Annual report of the Punjab Veterinary College and of the Civil Veterinary Department, Punjab - 1909-1919
Year: 1909
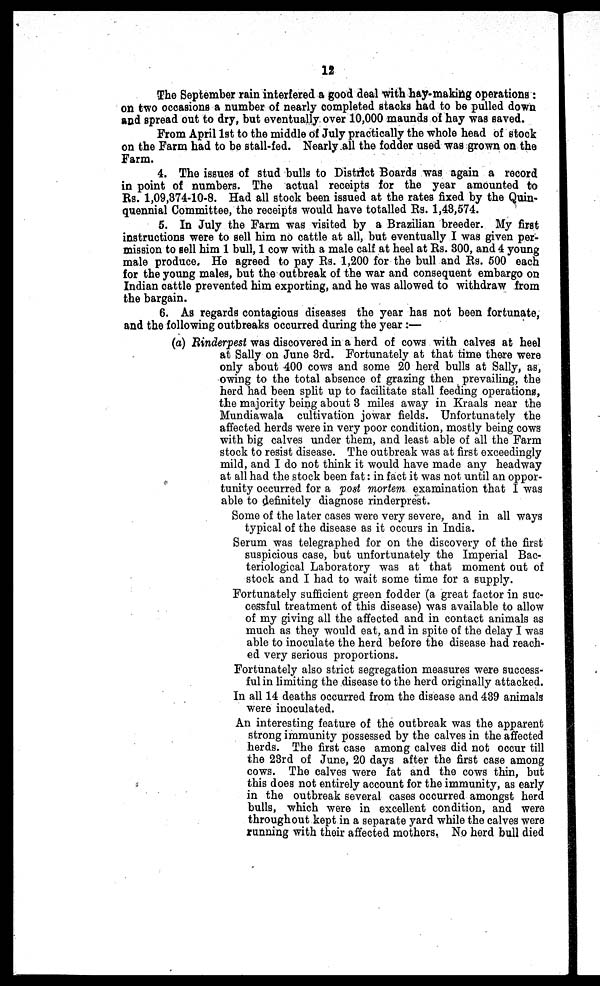
12
The September rain interfered a good deal with hay-making operations:
on two occasions a number of nearly completed stacks had to be pulled down
and spread out to dry, but eventually over 10,000 maunds of hay was saved.
From April 1st to the middle of July practically the whole head of stock
on the Farm had to be stall-fed. Nearly all the fodder used was grown on the
Farm.
4. The issues of stud bulls to District Boards was again a record
in point of numbers. The actual receipts for the year amounted to
Rs. 1,09,374-10-8. Had all stock been issued at the rates fixed by the Quin-
quennial Committee, the receipts would have totalled Rs. 1,48,574.
5. In July the Farm was visited by a Brazilian breeder. My first
instructions were to sell him no cattle at all, but eventually I was given per-
mission to sell him 1 bull, 1 cow with a male calf at heel at Rs. 300, and 4 young
male produce. He agreed to pay Rs. 1,200 for the bull and Rs. 500 each
for the young males, but the outbreak of the war and consequent embargo on
Indian cattle prevented him exporting, and he was allowed to withdraw from
the bargain.
6. As regards contagious diseases the year has not been fortunate,
and the following outbreaks occurred during the year:—
(a) Rinderpest was discovered in a herd of cows with calves at heel
at Sally on June 3rd. Fortunately at that time there were
only about 400 cows and some 20 herd bulls at Sally, as,
owing to the total absence of grazing then prevailing, the
herd had been split up to facilitate stall feeding operations,
the majority being about 3 miles away in Kraals near the
Mundiawala cultivation jowar fields. Unfortunately the
affected herds were in very poor condition, mostly being cows
with big calves under them, and least able of all the Farm
stock to resist disease. The outbreak was at first exceedingly
mild, and I do not think it would have made any headway
at all had the stock been fat: in fact it was not until an oppor-
tunity occurred for a post mortem examination that I was
able to definitely diagnose rinderprest.
Some of the later cases were very severe, and in all ways
typical of the disease as it occurs in India.
Serum was telegraphed for on the discovery of the first
suspicious case, but unfortunately the Imperial Bac-
teriological Laboratory was at that moment out of
stock and I had to wait some time for a supply.
Fortunately sufficient green fodder (a great factor in suc-
cessful treatment of this disease) was available to allow
of my giving all the affected and in contact animals as
much as they would eat, and in spite of the delay I was
able to inoculate the herd before the disease had reach-
ed very serious proportions.
Fortunately also strict segregation measures were success-
ful in limiting the disease to the herd originally attacked.
In all 14 deaths occurred from the disease and 439 animals
were inoculated.
An interesting feature of the outbreak was the apparent
strong immunity possessed by the calves in the affected
herds. The first case among calves did not occur till
the 23rd of June, 20 days after the first case among
cows. The calves were fat and the cows thin, but
this does not entirely account for the immunity, as early
in the outbreak several cases occurred amongst herd
bulls, which were in excellent condition, and were
throughout kept in a separate yard while the calves were
running with their affected mothers. No herd bull died